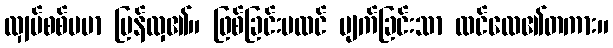
လျှပ်စစ်ပမာ မြန်လှ၏။ ဖြစ်ခြင်းမထင် ပျက်ခြင်းသာ ထင်လေ၏တကား။